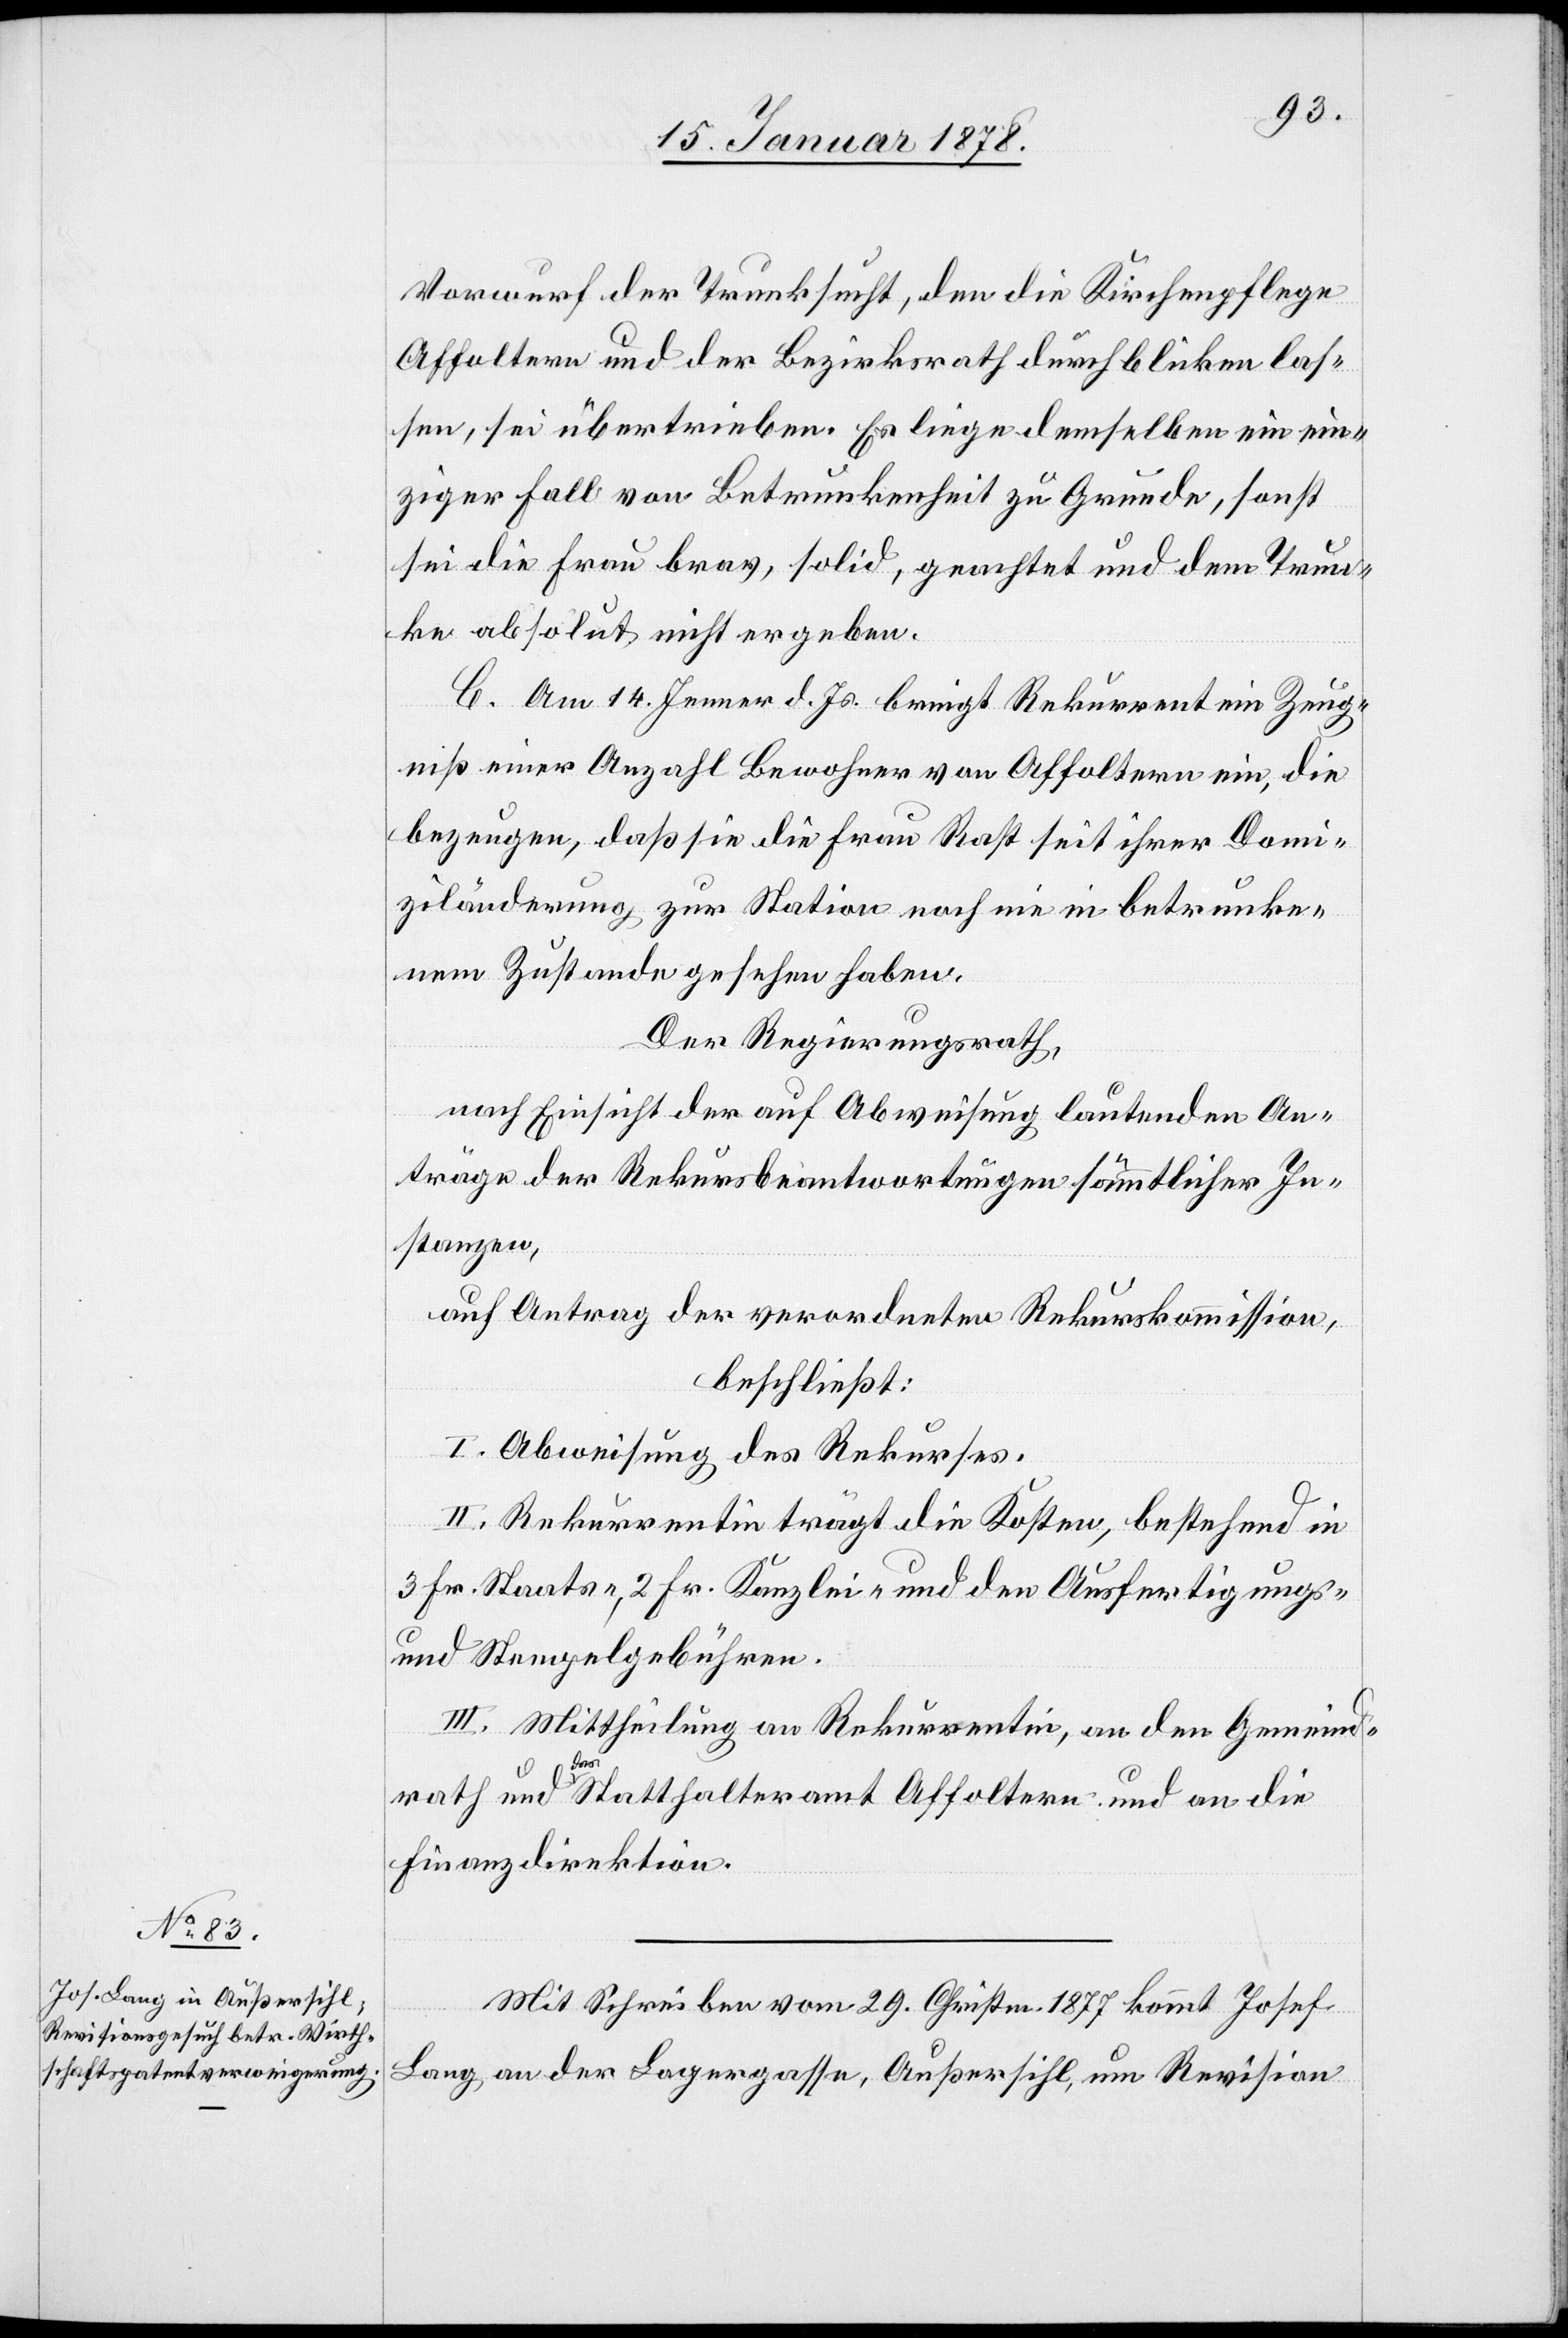
Vorwurf der Trunksucht, den die Kirchenpflege
Affoltern und der Bezirksrath durchblicken las¬
sen, sei übertrieben. Es liege demselben ein ein¬
ziger Fall von Betrunkenheit zu Grunde, sonst
sei die Frau brav, solid, geachtet und dem Trun¬
ke absolut nicht ergeben.
C. Am 14. Jenner d. Js. bringt Rekurrent ein Zeug¬
niß einer Anzahl Bewohner von Affoltern ein, die
bezeugen, daß sie die Frau Rast seit ihrer Domi¬
ziländerung zur Station noch nie in betrunke¬
nem Zustande gesehen haben.
Der Regierungsrath,
nach Einsicht der auf Abweisung lautenden An¬
träge der Rekursbeantwortungen sämtlicher In¬
stanzen,
auf Antrag der verordneten Rekurskommission,
beschließt:
I. Abweisung des Rekurses.
II. Rekurrentin trägt die Kosten, bestehend in
3 Fr. Staats-. 2 Fr. Kanzlei- und den Ausfertigungs-
und Stempelgebühren.
III. Mittheilung an Rekurrentin, an den Gemeinde¬
rath und das Statthalteramt Affoltern und an die
Finanzdirektion.
Mit Schreiben vom 29. Christm. 1877 kommt Josef
Lang an der Lagergasse, Außersihl, um Revision